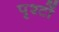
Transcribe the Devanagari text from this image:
पृश्टों